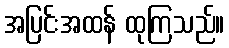
အပြင်းအထန် ထုကြသည်။